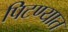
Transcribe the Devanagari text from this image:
पिटण्यात